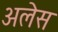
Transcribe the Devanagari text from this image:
अलेस